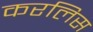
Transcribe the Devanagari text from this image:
करलिस